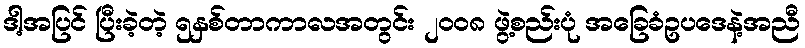
ဒါ့အပြင် ပြီးခဲ့တဲ့ ၅နှစ်တာကာလအတွင်း ၂၀၀၈ ဖွဲ့စည်းပုံ အခြေခံဥပဒေနဲ့အညီ